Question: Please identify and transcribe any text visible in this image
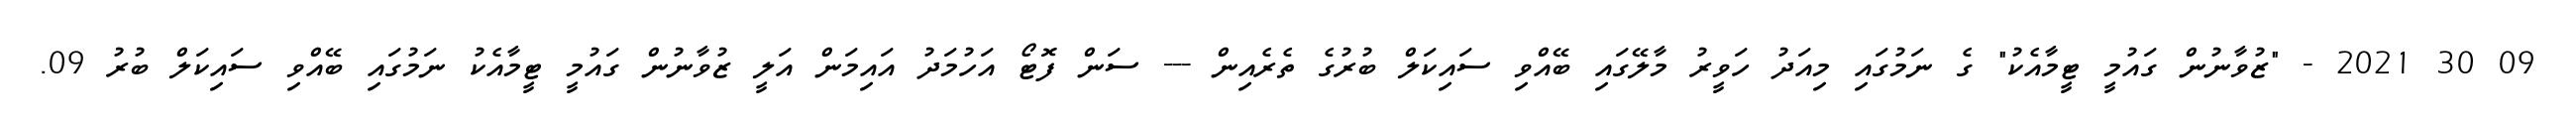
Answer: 09 30 2021 - "ޒުވާނުން ގައުމީ ޓީމާއެކު" ގެ ނަމުގައި މިއަދު ހަވީރު މާލޭގައި ބޭއްވި ސައިކަލް ބުރުގެ ތެރެއިން --- ސަން ފޮޓޯ އަހުމަދު އައިމަން އަލީ ޒުވާނުން ގައުމީ ޓީމާއެކު ނަމުގައި ބޭއްވި ސައިކަލް ބުރު 09.